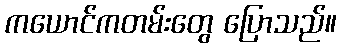
ကယောင်ကတမ်းတွေ ပြောသည်။